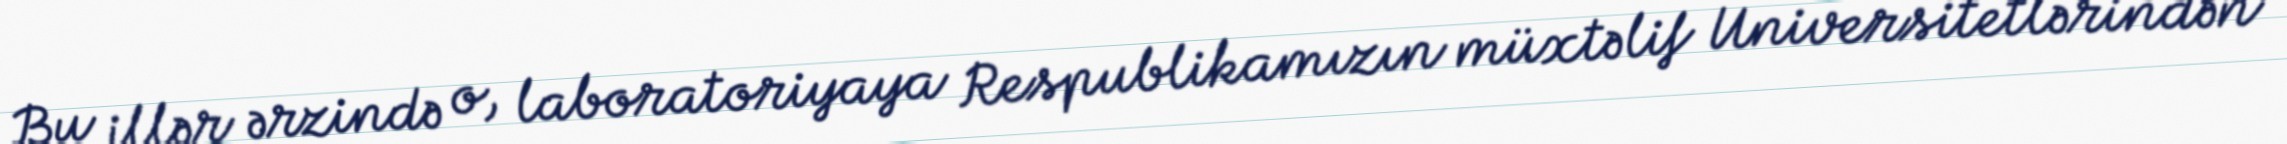
Bu illər ərzində o, laboratoriyaya Respublikamızın müxtəlif Universitetlərindən